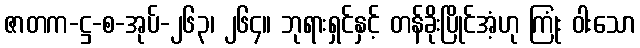
ဇာတက-ဋ္ဌ-စ-အုပ်-၂၆၃၊ ၂၆၄။ ဘုရားရှင်နှင့် တန်ခိုးပြိုင်အံ့ဟု ကြုံး ဝါးသော